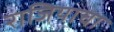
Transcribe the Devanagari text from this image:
राजियाचा